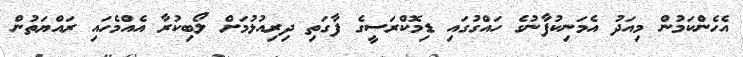
އެހެންކަމުން މިއަދު އެމަނިކުފާނުގެ ހައްގުގައި ޑިމޮކްރަސީގެ ފާގަތި ދިރިއުޅުމަށް ލޯބިކުރާ އެއްމެހައި ރައްޔަތުން